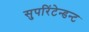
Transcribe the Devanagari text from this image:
सुपरिंटेन्डन्ट